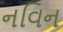
નવિન